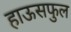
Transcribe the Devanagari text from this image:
हाऊसफुल